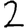
Digit: 2